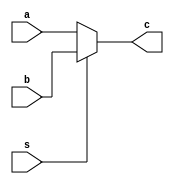
module Mux (a,b,s,c);

    input [31:0]a,b;
    input s;
    output [31:0]c;
    
    // A = 0 , B = 1
    assign c = (~s) ? a : b ;
    
endmodule